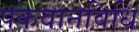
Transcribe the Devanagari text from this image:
पकवानविधि